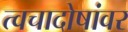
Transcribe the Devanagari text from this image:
त्वचादोषांवर